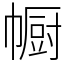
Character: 㡡